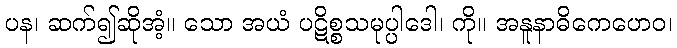
ပန၊ ဆက်၍ဆိုအံ့။ သော အယံ ပဋိစ္စသမုပ္ပါဒေါ၊ ကို။ အနူနာဓိကေဟေဝ၊